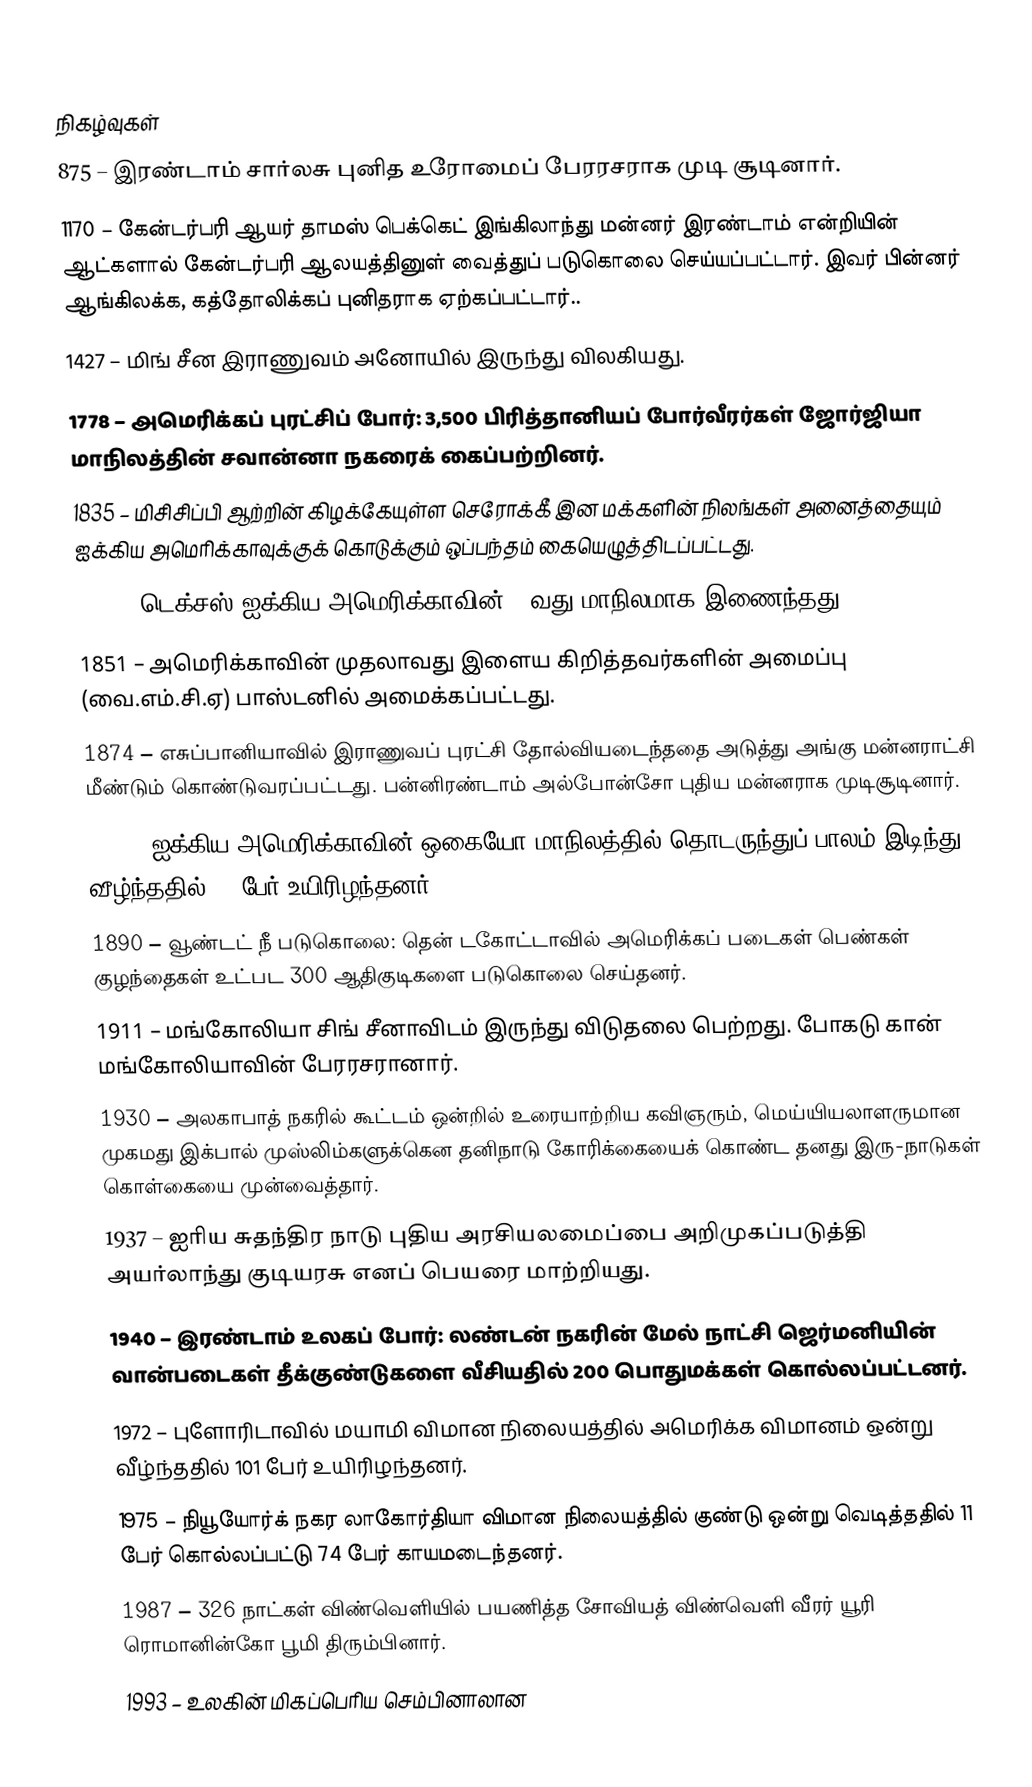

நிகழ்வுகள்
 875 – இரண்டாம் சார்லசு புனித உரோமைப் பேரரசராக முடி சூடினார்.
1170 – கேன்டர்பரி ஆயர் தாமஸ் பெக்கெட் இங்கிலாந்து மன்னர் இரண்டாம் என்றியின் ஆட்களால் கேன்டர்பரி ஆலயத்தினுள் வைத்துப் படுகொலை செய்யப்பட்டார். இவர் பின்னர் ஆங்கிலக்க, கத்தோலிக்கப் புனிதராக ஏற்கப்பட்டார்..
1427 – மிங் சீன இராணுவம் அனோயில் இருந்து விலகியது.
1778 – அமெரிக்கப் புரட்சிப் போர்: 3,500 பிரித்தானியப் போர்வீரர்கள் ஜோர்ஜியா மாநிலத்தின் சவான்னா நகரைக் கைப்பற்றினர்.
1835 – மிசிசிப்பி ஆற்றின் கிழக்கேயுள்ள செரோக்கீ இன மக்களின் நிலங்கள் அனைத்தையும் ஐக்கிய அமெரிக்காவுக்குக் கொடுக்கும் ஒப்பந்தம் கையெழுத்திடப்பட்டது.
1845 – டெக்சஸ் ஐக்கிய அமெரிக்காவின் 28வது மாநிலமாக இணைந்தது.
1851 – அமெரிக்காவின் முதலாவது இளைய கிறித்தவர்களின் அமைப்பு (வை.எம்.சி.ஏ) பாஸ்டனில் அமைக்கப்பட்டது.
1874 – எசுப்பானியாவில் இராணுவப் புரட்சி தோல்வியடைந்ததை அடுத்து அங்கு மன்னராட்சி மீண்டும் கொண்டுவரப்பட்டது. பன்னிரண்டாம் அல்போன்சோ புதிய மன்னராக முடிசூடினார்.
1876 – ஐக்கிய அமெரிக்காவின் ஒகையோ மாநிலத்தில் தொடருந்துப் பாலம் இடிந்து வீழ்ந்ததில் 92 பேர் உயிரிழந்தனர்.
1890 – வூண்டட் நீ படுகொலை: தென் டகோட்டாவில் அமெரிக்கப் படைகள் பெண்கள் குழந்தைகள் உட்பட 300 ஆதிகுடிகளை படுகொலை செய்தனர்.
1911 – மங்கோலியா சிங் சீனாவிடம் இருந்து விடுதலை பெற்றது. போகடு கான் மங்கோலியாவின் பேரரசரானார்.
1930 – அலகாபாத் நகரில் கூட்டம் ஒன்றில் உரையாற்றிய கவிஞரும், மெய்யியலாளருமான முகமது இக்பால் முஸ்லிம்களுக்கென தனிநாடு கோரிக்கையைக் கொண்ட தனது இரு-நாடுகள் கொள்கையை முன்வைத்தார்.
1937 – ஐரிய சுதந்திர நாடு புதிய அரசியலமைப்பை அறிமுகப்படுத்தி அயர்லாந்து குடியரசு எனப் பெயரை மாற்றியது.
1940 – இரண்டாம் உலகப் போர்: லண்டன் நகரின் மேல் நாட்சி ஜெர்மனியின் வான்படைகள் தீக்குண்டுகளை வீசியதில் 200 பொதுமக்கள் கொல்லப்பட்டனர்.
1972 – புளோரிடாவில் மயாமி விமான நிலையத்தில் அமெரிக்க விமானம் ஒன்று வீழ்ந்ததில் 101 பேர் உயிரிழந்தனர்.
1975 – நியூயோர்க் நகர லாகோர்தியா விமான நிலையத்தில் குண்டு ஒன்று வெடித்ததில் 11 பேர் கொல்லப்பட்டு 74 பேர் காயமடைந்தனர்.
1987 – 326 நாட்கள் விண்வெளியில் பயணித்த சோவியத் விண்வெளி வீரர் யூரி ரொமானின்கோ பூமி திரும்பினார்.
1993 – உலகின் மிகப்பெரிய செம்பினாலான